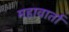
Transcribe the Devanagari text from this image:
महावार्ता